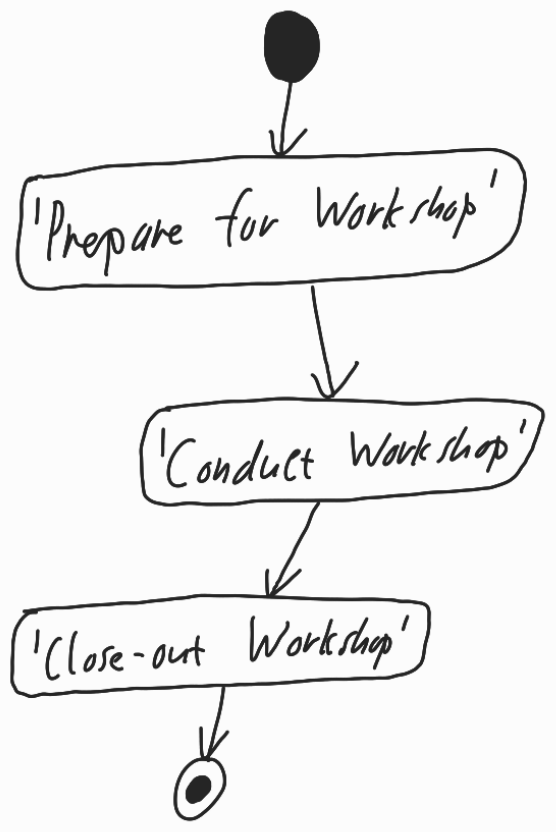
Diagram type: activity_diagram
```plantuml
@startuml

start

:'Prepare for Workshop';

:'Conduct Workshop';

:'Close-out Workshop';

stop

@enduml
```